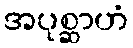
အပုစ္ဆာဟံ